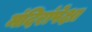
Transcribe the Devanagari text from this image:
मंदिरांपेक्षा